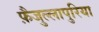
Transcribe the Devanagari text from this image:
फ़ैजुल्लापुरिया